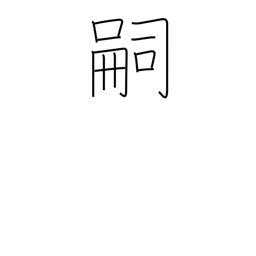
Meaning: heir